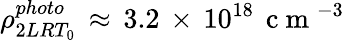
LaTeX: \rho_{2LRT_{0}}^{photo}\, \approx\, 3.2\, \times\, 10^{18}\, \mathrm{~c~m~}^{-3}